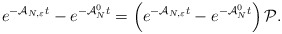
\begin{align*}e^{-\mathcal{A}_{N,\varepsilon}t}-e^{-\mathcal{A}_N^0t}=\left(e^{-\mathcal{A}_{N,\varepsilon}t}-e^{-\mathcal{A}_N^0t}\right)\mathcal{P}.\end{align*}